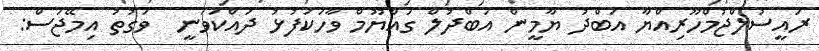
ރައީސުލްޖުމްހޫރިއްޔާ އަބްދު ޔާމީން އަބްދުލް ގައްޔޫމް ވާހަކަފުޅު ދައްކަވަނީ  ވަގުތު އިމޭޖަސް: